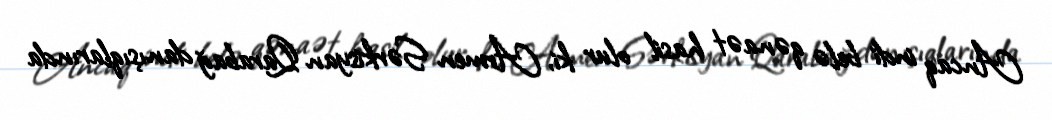
Ancaq indi belə qənaət hasil olur ki, Armen Sərkisyan Qarabağ danışıqlarında